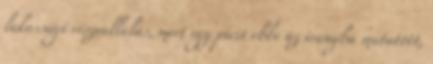
lakossági részvállalás, mert egy picit ebbe az irányba mutatott,